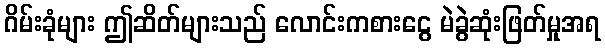
ဂိမ်းခုံများ ဤဆိတ်များသည် လောင်းကစားငွေ မဲခွဲဆုံးဖြတ်မှုအရ